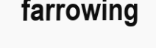
farrowing